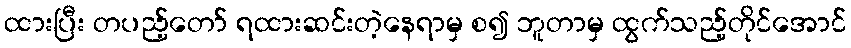
ထားပြီး တပည့်တော် ရထားဆင်းတဲ့နေရာမှ စ၍ ဘူတာမှ ထွက်သည့်တိုင်အောင်